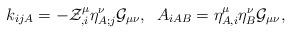
LaTeX: \begin{align*}k_{ijA}=-{\cal Z}^{\mu}_{,i}{\eta}^{\nu}_{A;j}{\cal G}_{\mu\nu},\;\;A_{iAB}=\eta^{\mu}_{A,i}\eta^{\nu}_{B} {\cal G}_{\mu\nu}, \end{align*}